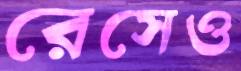
রেসেও